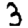
Digit: 3